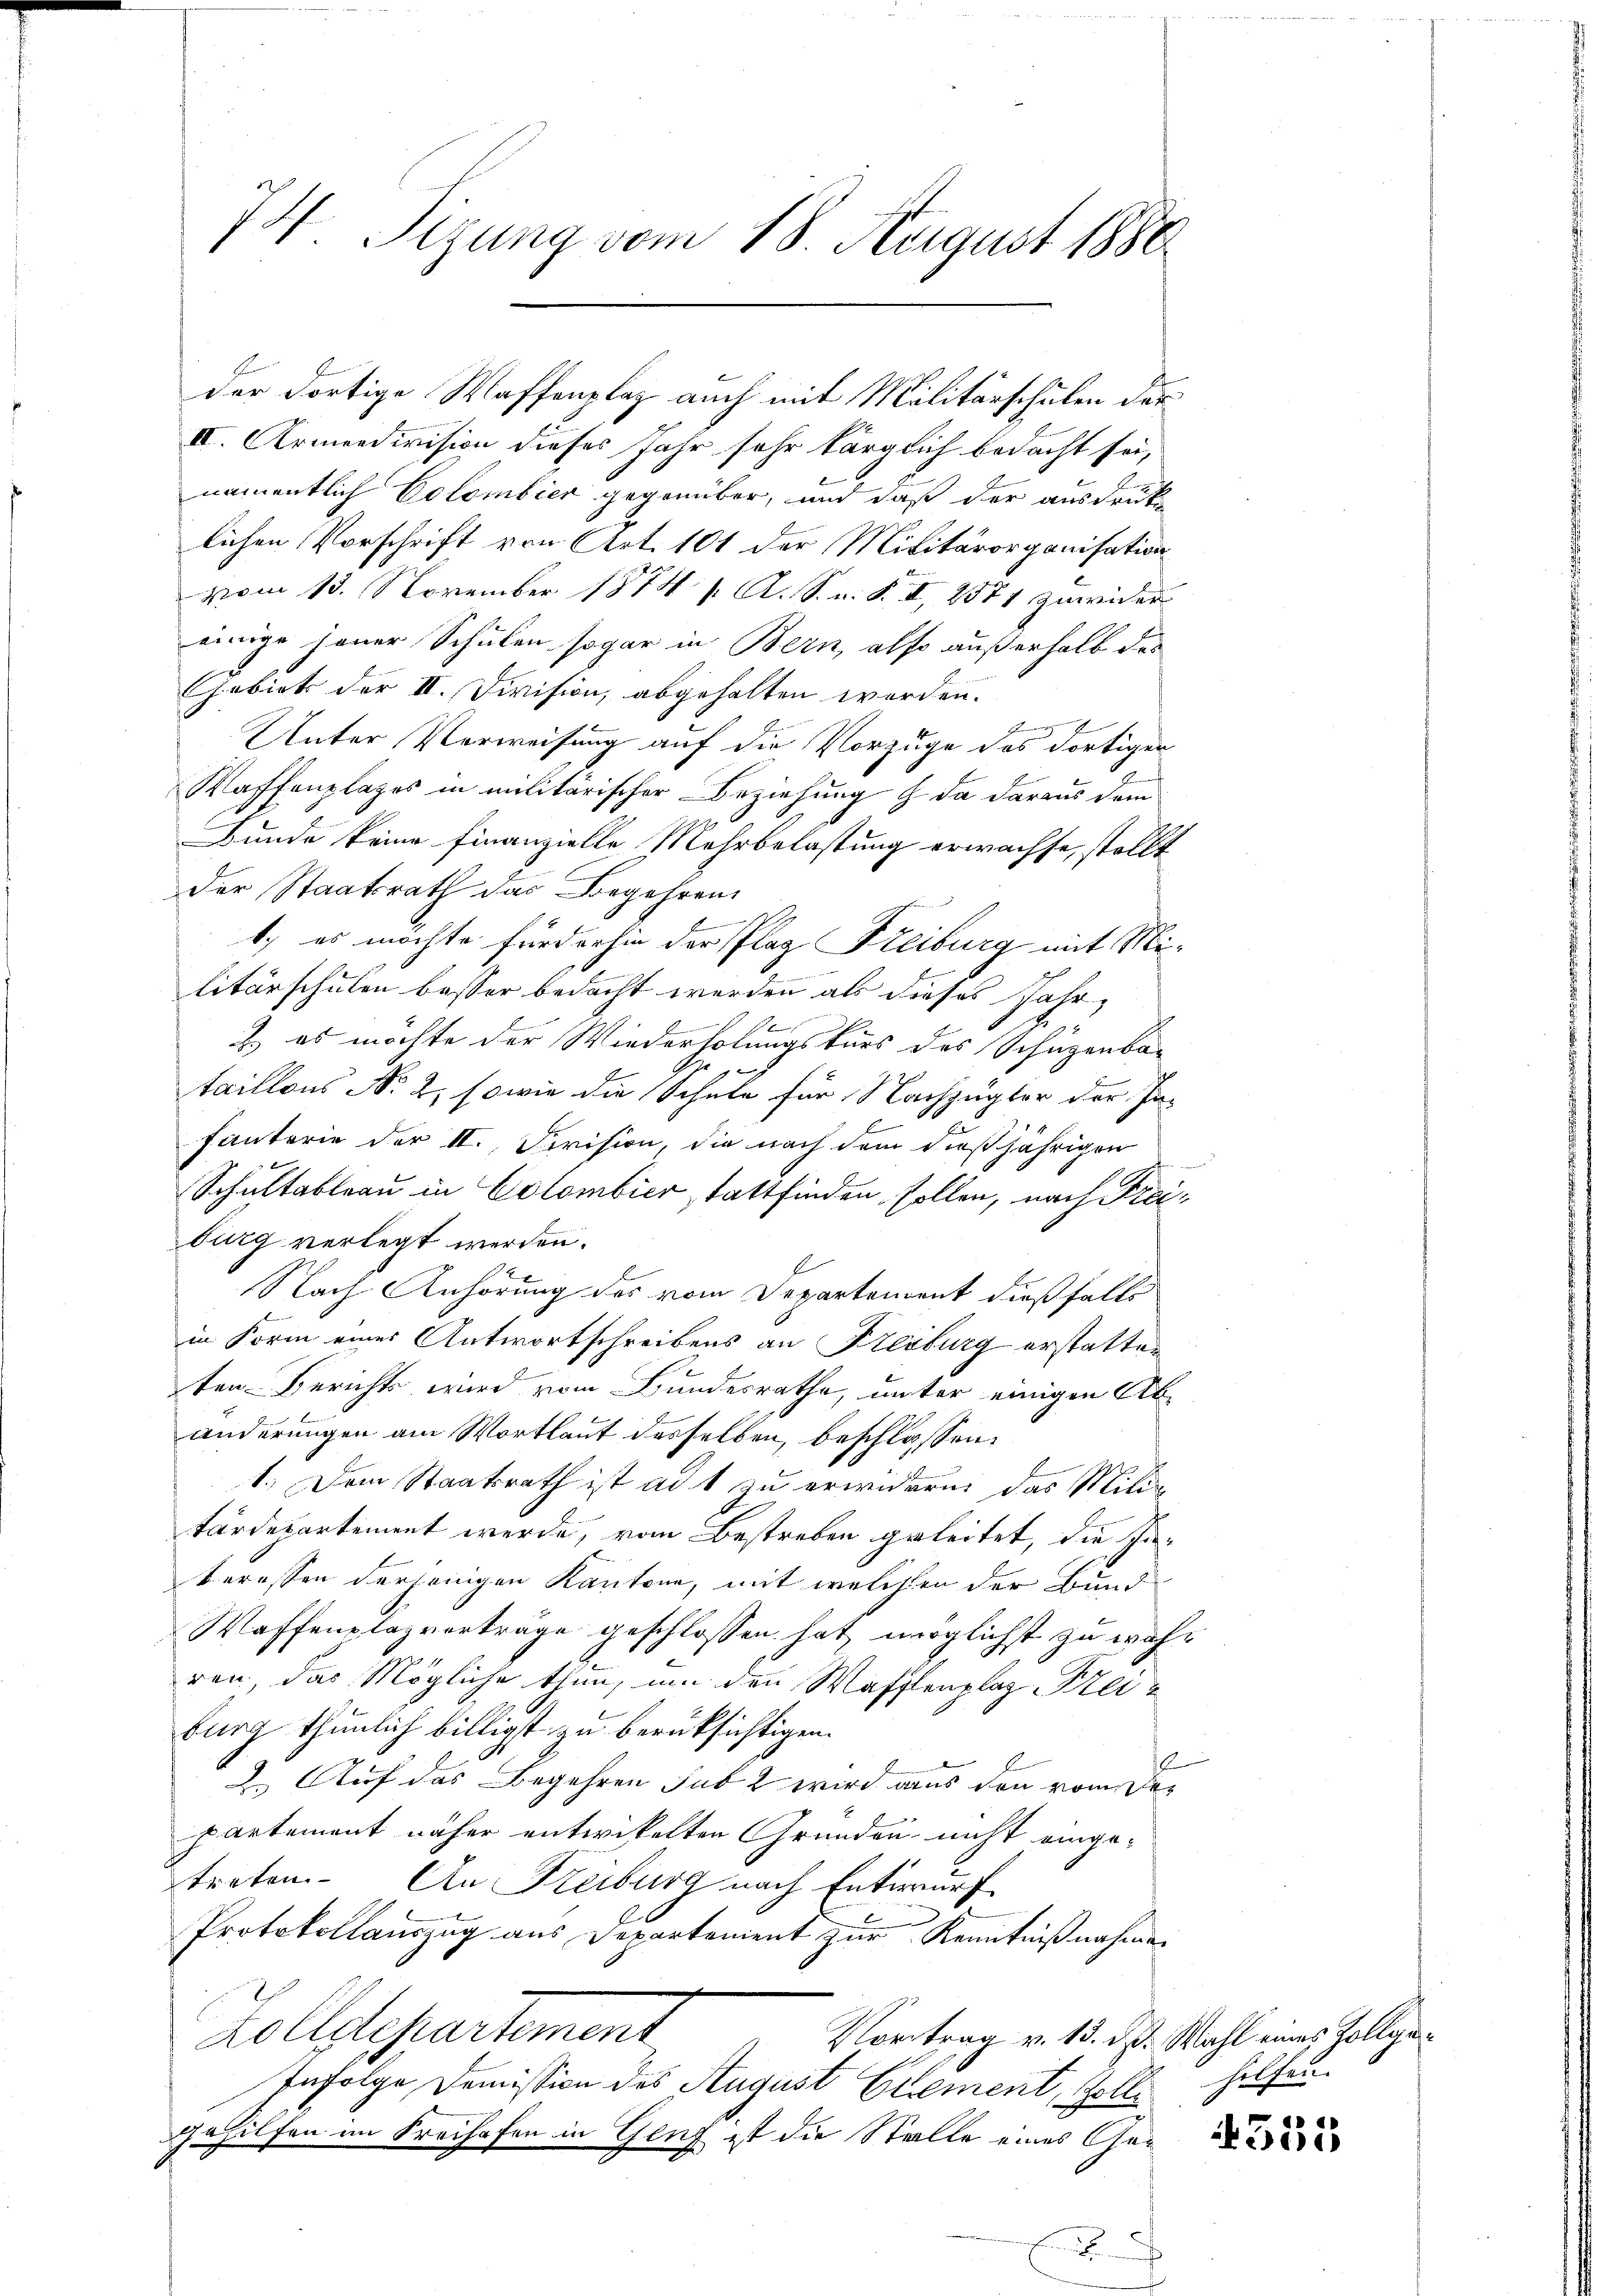
74. Sizung vom 18. August 1880.

der dortige Waffenplaz auch mit Malitärschulen der
II. Armendivision dieses Jahr sehr kärglich bedacht sei,
namentlich Colombier gegenüber, und daß der ausdrucke
lichen Vorschrift von Art. 101 der Militärorganisation
vom 13. November 1874 / A. S. n. F. II, 2571 zuwider
einige jener Schulen sogar in Bern, also außerhalb das
Gebiet der II. Division, abgehalten worden.
Be
Unter Verweisung auf die Vorzuge des dortigen
Waffenplages in militärischer Beziehung  da daraus dem
Bunde keine Finanzielle Mehrbelastung erwachse, stellt
der Staatsrath das Begehren
1.) es möchte fürderhin der Plag Freiburg mit Militärschulen besser bedacht werden als dieses Jahr,
 es möchte der Wiederholungskurs des Schüzenba
taillons No 2, sowie die Schule für Nachzugter der In-
fanterie der II. Division, die nach dem dießjährigen
Schultableau in Colombier stattfinden sollen, nach Freiburg verlegt werden.
Nach Anhörung des vom Departement dießfalls
in Form eines Antwortschreibens an Freiburg erstatten
ten Berichts wird vom Bundesrathe, unter einigen Abänderungen am Wortlaut desselben, beschlossen,
l
1.) Dem Staatsrath ist ad 1 zu erwidern, das Milita
tärdepartement werde, vom Bestreben geleitet, die Inberossen derjenigen Kantone, mit welchen der Bund
Waffenplazvorträge geschlossen, hat, möglichst zu wahr
ren, das Mögliche thun, um den Waffenplaz, Freiburg thunlich billigst zu berüksichtigen.
1
2. Auf das Begehren sub 2 wird aus den vom Departement näher entwickelten Gründen nicht eingetreten. An Freiburg nach Entwurf
Protokollauszug aus Departement zur Kenntnißnahmen
Zolldepartement
Vortrag v. 15. d. Wahl eines Zollga¬
Infolge Domission des August Element, Goll helfen.
Gehilfen im Freihafen in Genf ist die Stalle eines Ge
e